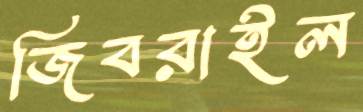
জিবরাইল